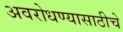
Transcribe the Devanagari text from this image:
अवरोधण्यासाठीचे